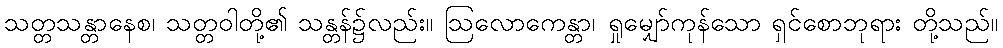
သတ္တသန္တာနေစ၊ သတ္တဝါတို့၏ သန္တန်၌လည်း။ ဩလောကေန္တာ၊ ရှုမျှော်ကုန်သော ရှင်စောဘုရား တို့သည်။